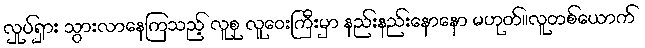
လှုပ်ရှား သွားလာနေကြသည့် လူစု လူဝေးကြီးမှာ နည်းနည်းနောနော မဟုတ်။လူတစ်ယောက်